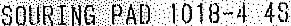
SOURING PAD 1018-4 4S